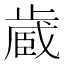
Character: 𪴼